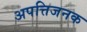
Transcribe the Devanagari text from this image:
अपत्तिजनक